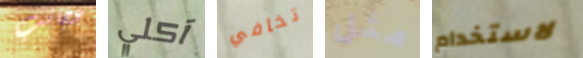
عجائب آكلي تخافي مثل لاستخدام